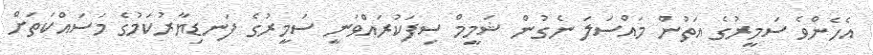
އެހެންވެ ސަމީރުގެ އަތުން މައްސަލަ ނެގުން ޝަމީމް ސިފަކުރައްވަނީ ސަމީރުގެ ފަނޑިޔާރުކަމުގެ މަސައްކަތަށް